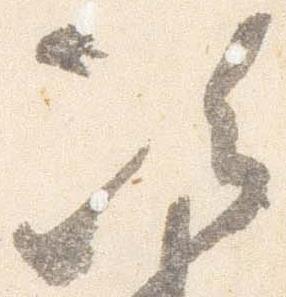
次